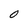
Character: O